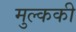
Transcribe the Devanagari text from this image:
मुल्ककी